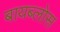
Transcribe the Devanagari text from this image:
बायब्लोस